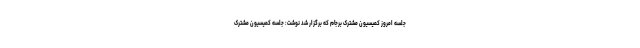
جلسه امروز کمیسیون مشترک برجام که برگزار شد نوشت: جلسه کمیسیون مشترک